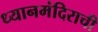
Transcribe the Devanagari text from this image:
ध्यानमंदिराची